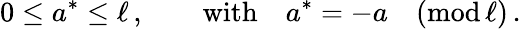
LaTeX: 0\leq a^{*}\leq\ell\, ,\qquad\mathrm{with}\quad a^{*}=-a\quad(\mathrm{mod}\, \ell)\, .